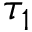
\tau _ { 1 }